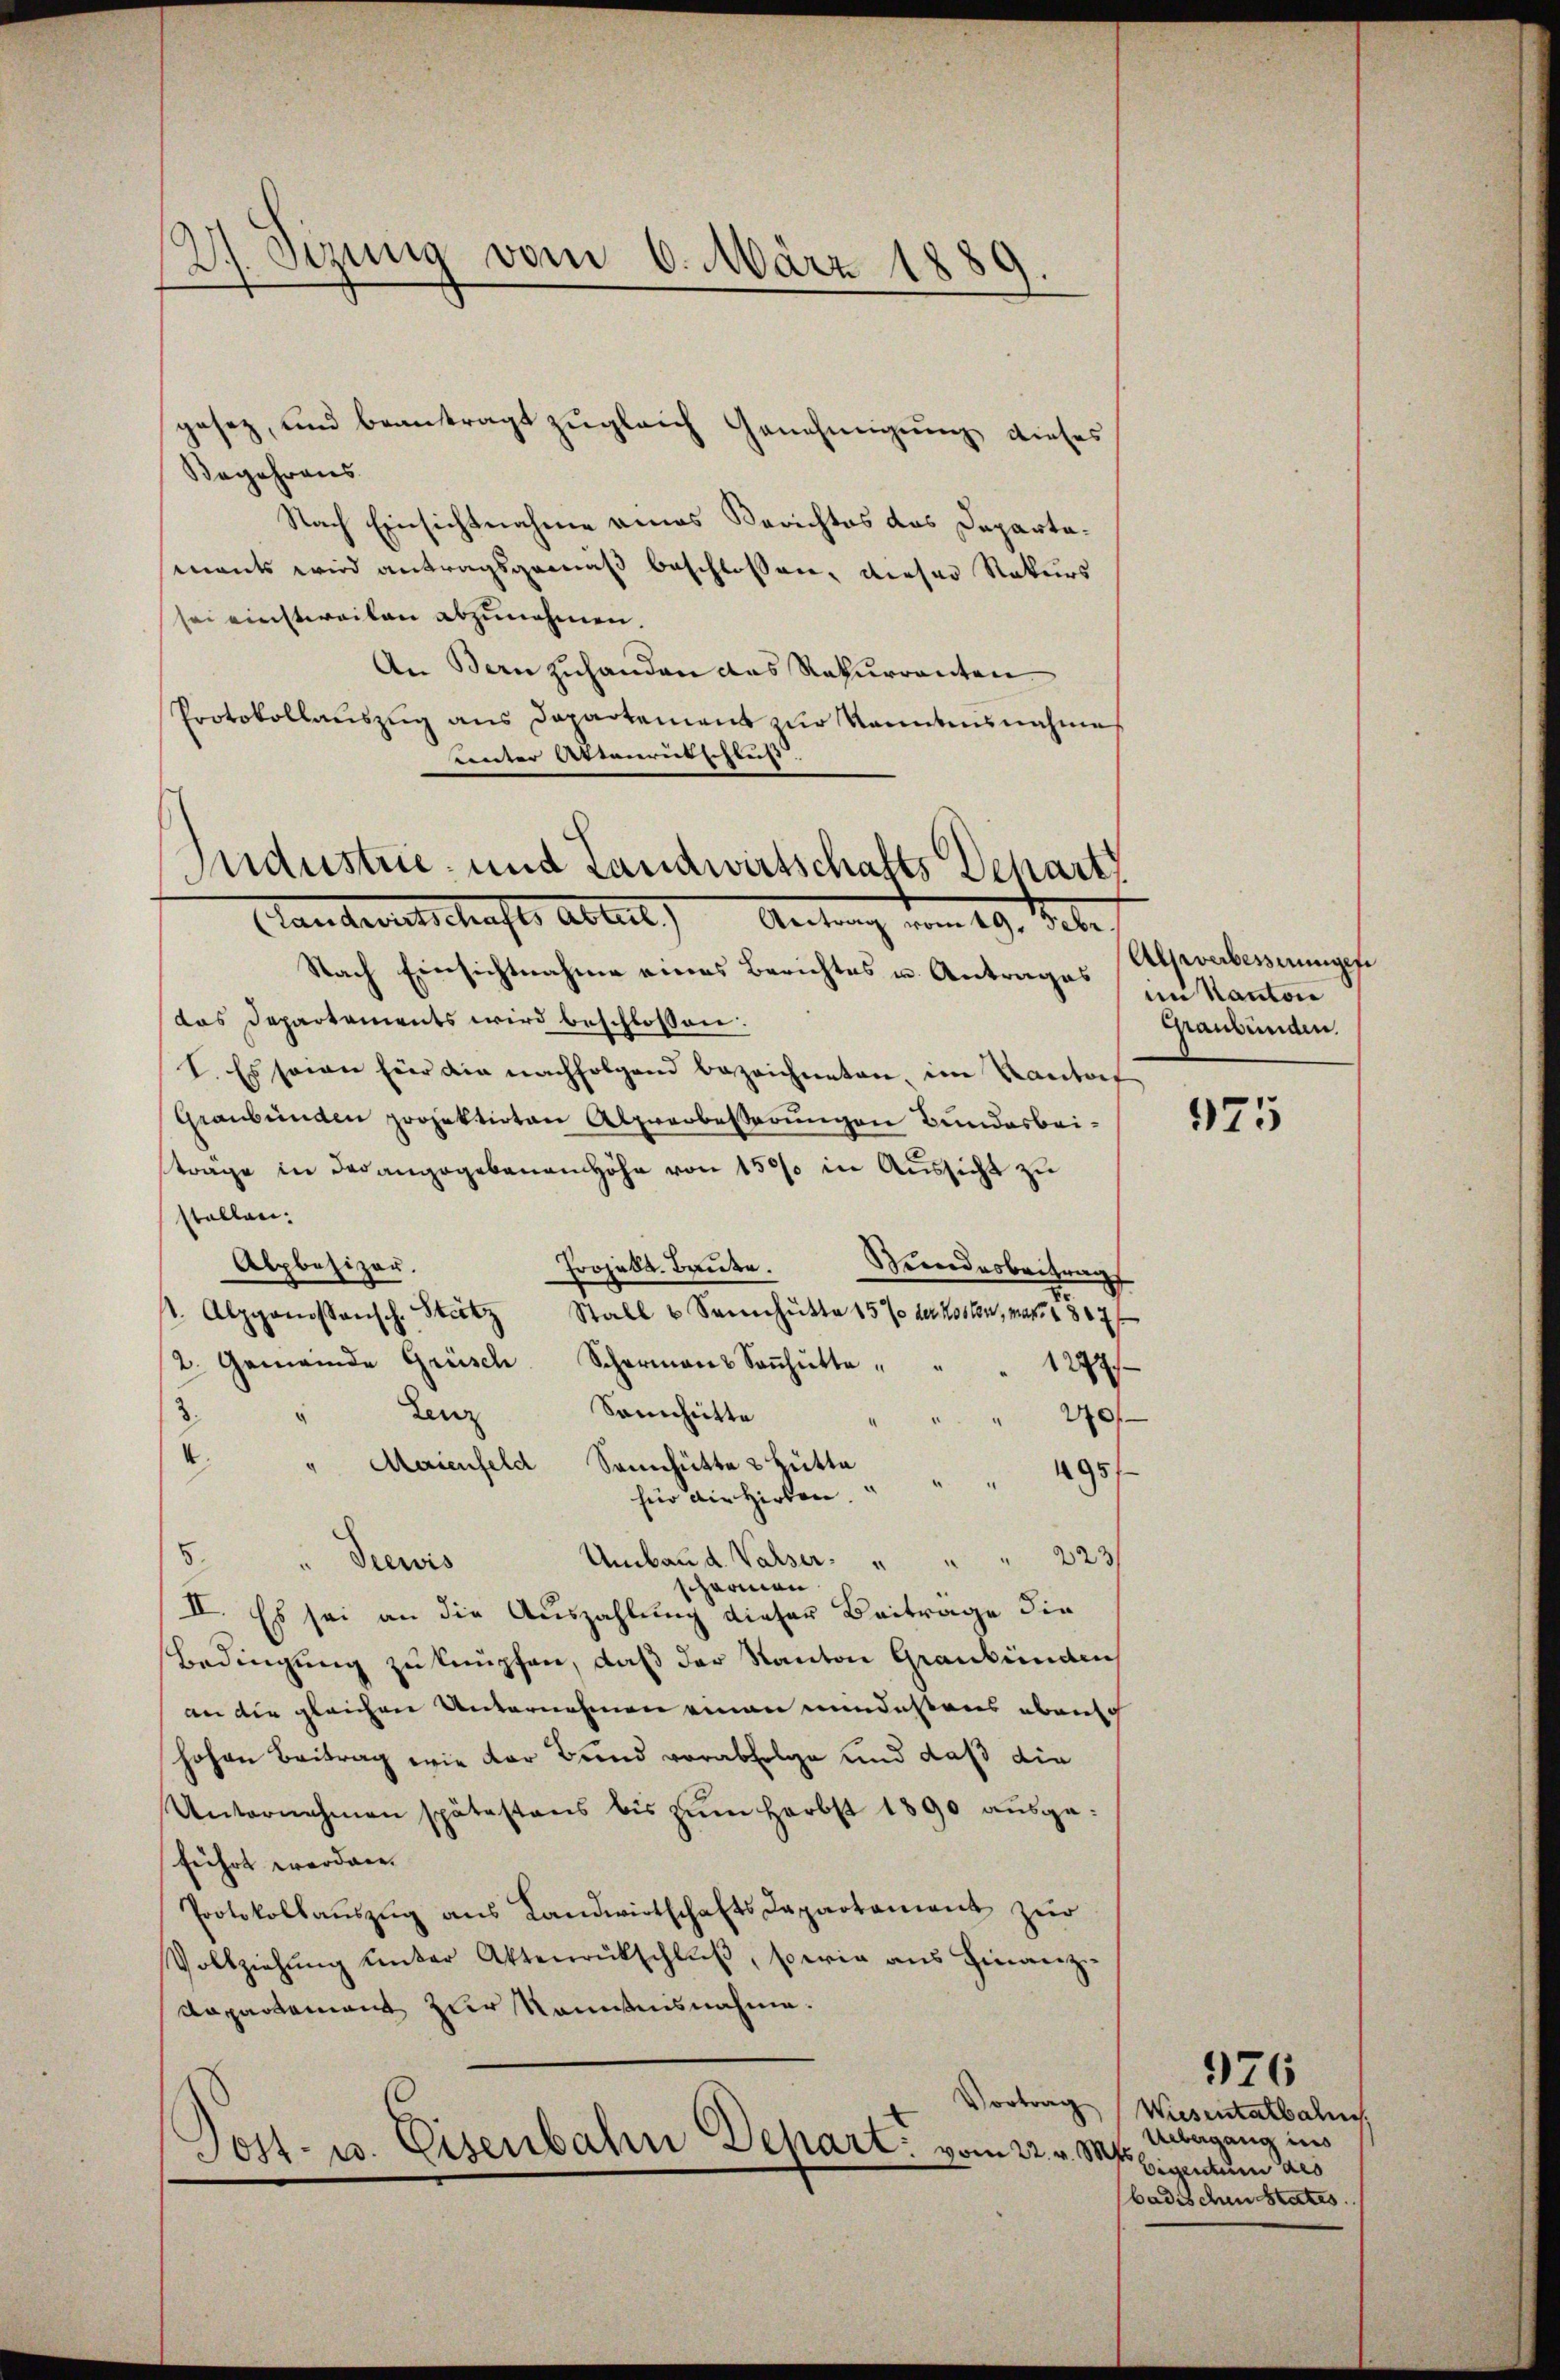
2). Sizung vom 6. März 1880

gesez, und beantragt zugleich Genehmigung dieses
Begehrens
Nach Einsichtnahme eines Berichtes das Departamants wird antragsgemäß beschlossen, dieser Rekurs
sei einstweilen abzunehmen.
An Bern zuhanden das Rekurrenten
Protokollaŭszŭg ans Departement zŭr kanntensnahme
unter Aktenrutschluß

Industrie- und Landwirtschafts Schart
Standeret hafte Abteil,
Antrag vom 19. Febr.

Nach Einsichtnahme eines Berichtes u. Antrages (im Kantone
das Departements wird beschlossen:
I. Es seien für die nachfolgend bezeichneten, im Kantort
Graubünden projektirten Alpverbesserungen Bundesbeiträge in der angegebenen Höhe von 150% in Aussicht zu
stallen:
Projekt. Baute.
Alpbesizer.
Sundesbeitrag
 Alpgenossensch. Stitz Stall u Sennhütte 15% der Kosten, mag. 1807 f
2. Gemeinde Grüsch. Schermaṅ Soṅhütte,
1279
Sennhütte
3.
4
Lenz
20f
.
Maienfeld Sennhütte 2 Hütte
495
für die Hirten.
Umbau d. Valser  "             "         "       223
5 " Seewis
schärmen
II. Es sei an die Auszahlung dieser Beitrage die
Bedingung zu knüpfen, daß der Kanton Graubünden
an die gleichen Unternehmen einen mindestens ebenso
hohen Beitrag wie der Bund verabfolge und daß die
Unternehmen spätestens bis zŭm Herbst 1890 aŭsge-
führt werden.
Protokollauszug aus Landwirtschafts Departament zur
Vollziehŭng ŭnter Aktenrückschluß, sowie aus Finanz¬
Rapartement zur Kenntnisnahme.
Vortrag
Tost- u. Eisenbahn Depart vom 22. v. Mts.

Allwerbesserungef
Graubünden.

975

Wiesentalbahn
Übergang ins
Eigentum des
badischen states.

976